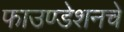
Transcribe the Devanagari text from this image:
फाउण्डेशनचे